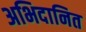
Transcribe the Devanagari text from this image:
अभिदानित